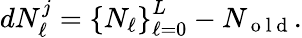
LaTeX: dN_{\ell}^{j}=\left\{ N_{\ell}\right\} _{\ell=0}^{L}-N_{\mathrm{~o~l~d~}}.